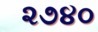
૨૭૪૦